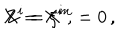
LaTeX: X ^ { i } = \xi ^ { i } \, , \hspace { 1 c m } Z = X ^ { m } = 0 \, ,